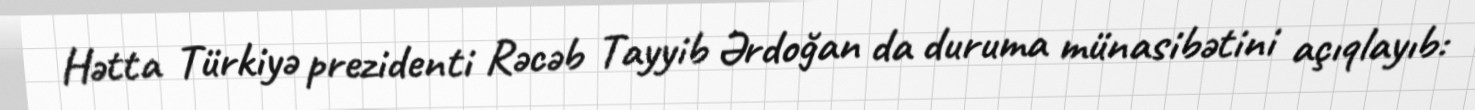
Hətta Türkiyə prezidenti Rəcəb Tayyib Ərdoğan da duruma münasibətini açıqlayıb: